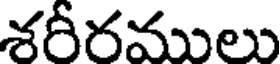
శరీరములు